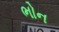
ભોન